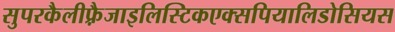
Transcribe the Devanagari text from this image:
सुपरकैलीफ़्रैजाइलिस्टिकएक्सपियालिडोसियस